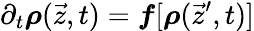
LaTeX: \partial_{t}\boldsymbol{\rho}(\vec{z},t)=\boldsymbol{f}[\boldsymbol{\rho}(\vec{z}^{\prime},t)]